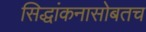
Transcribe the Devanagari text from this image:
सिद्धांकनासोबतच